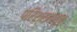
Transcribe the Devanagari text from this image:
परिश्रमांतून